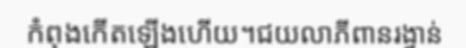
កំពុងកើតឡើងហើយ។ជយលាភីពានរង្វាន់